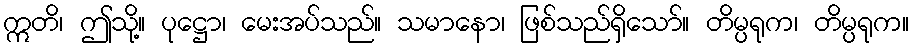
ဣတိ၊ ဤသို့။ ပုဋ္ဌော၊ မေးအပ်သည်။ သမာနော၊ ဖြစ်သည်ရှိသော်။ တိမ္ပရုက၊ တိမ္ပရုက။